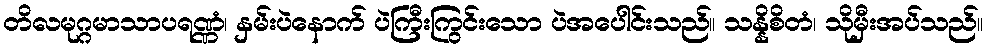
တိလမုဂ္ဂမာသာပရဏ္ဏံ၊ နှမ်းပဲနောက် ပဲကြီးကြွင်းသော ပဲအပေါင်းသည်။ သန္နိစိတံ၊ သိုမှီးအပ်သည်။